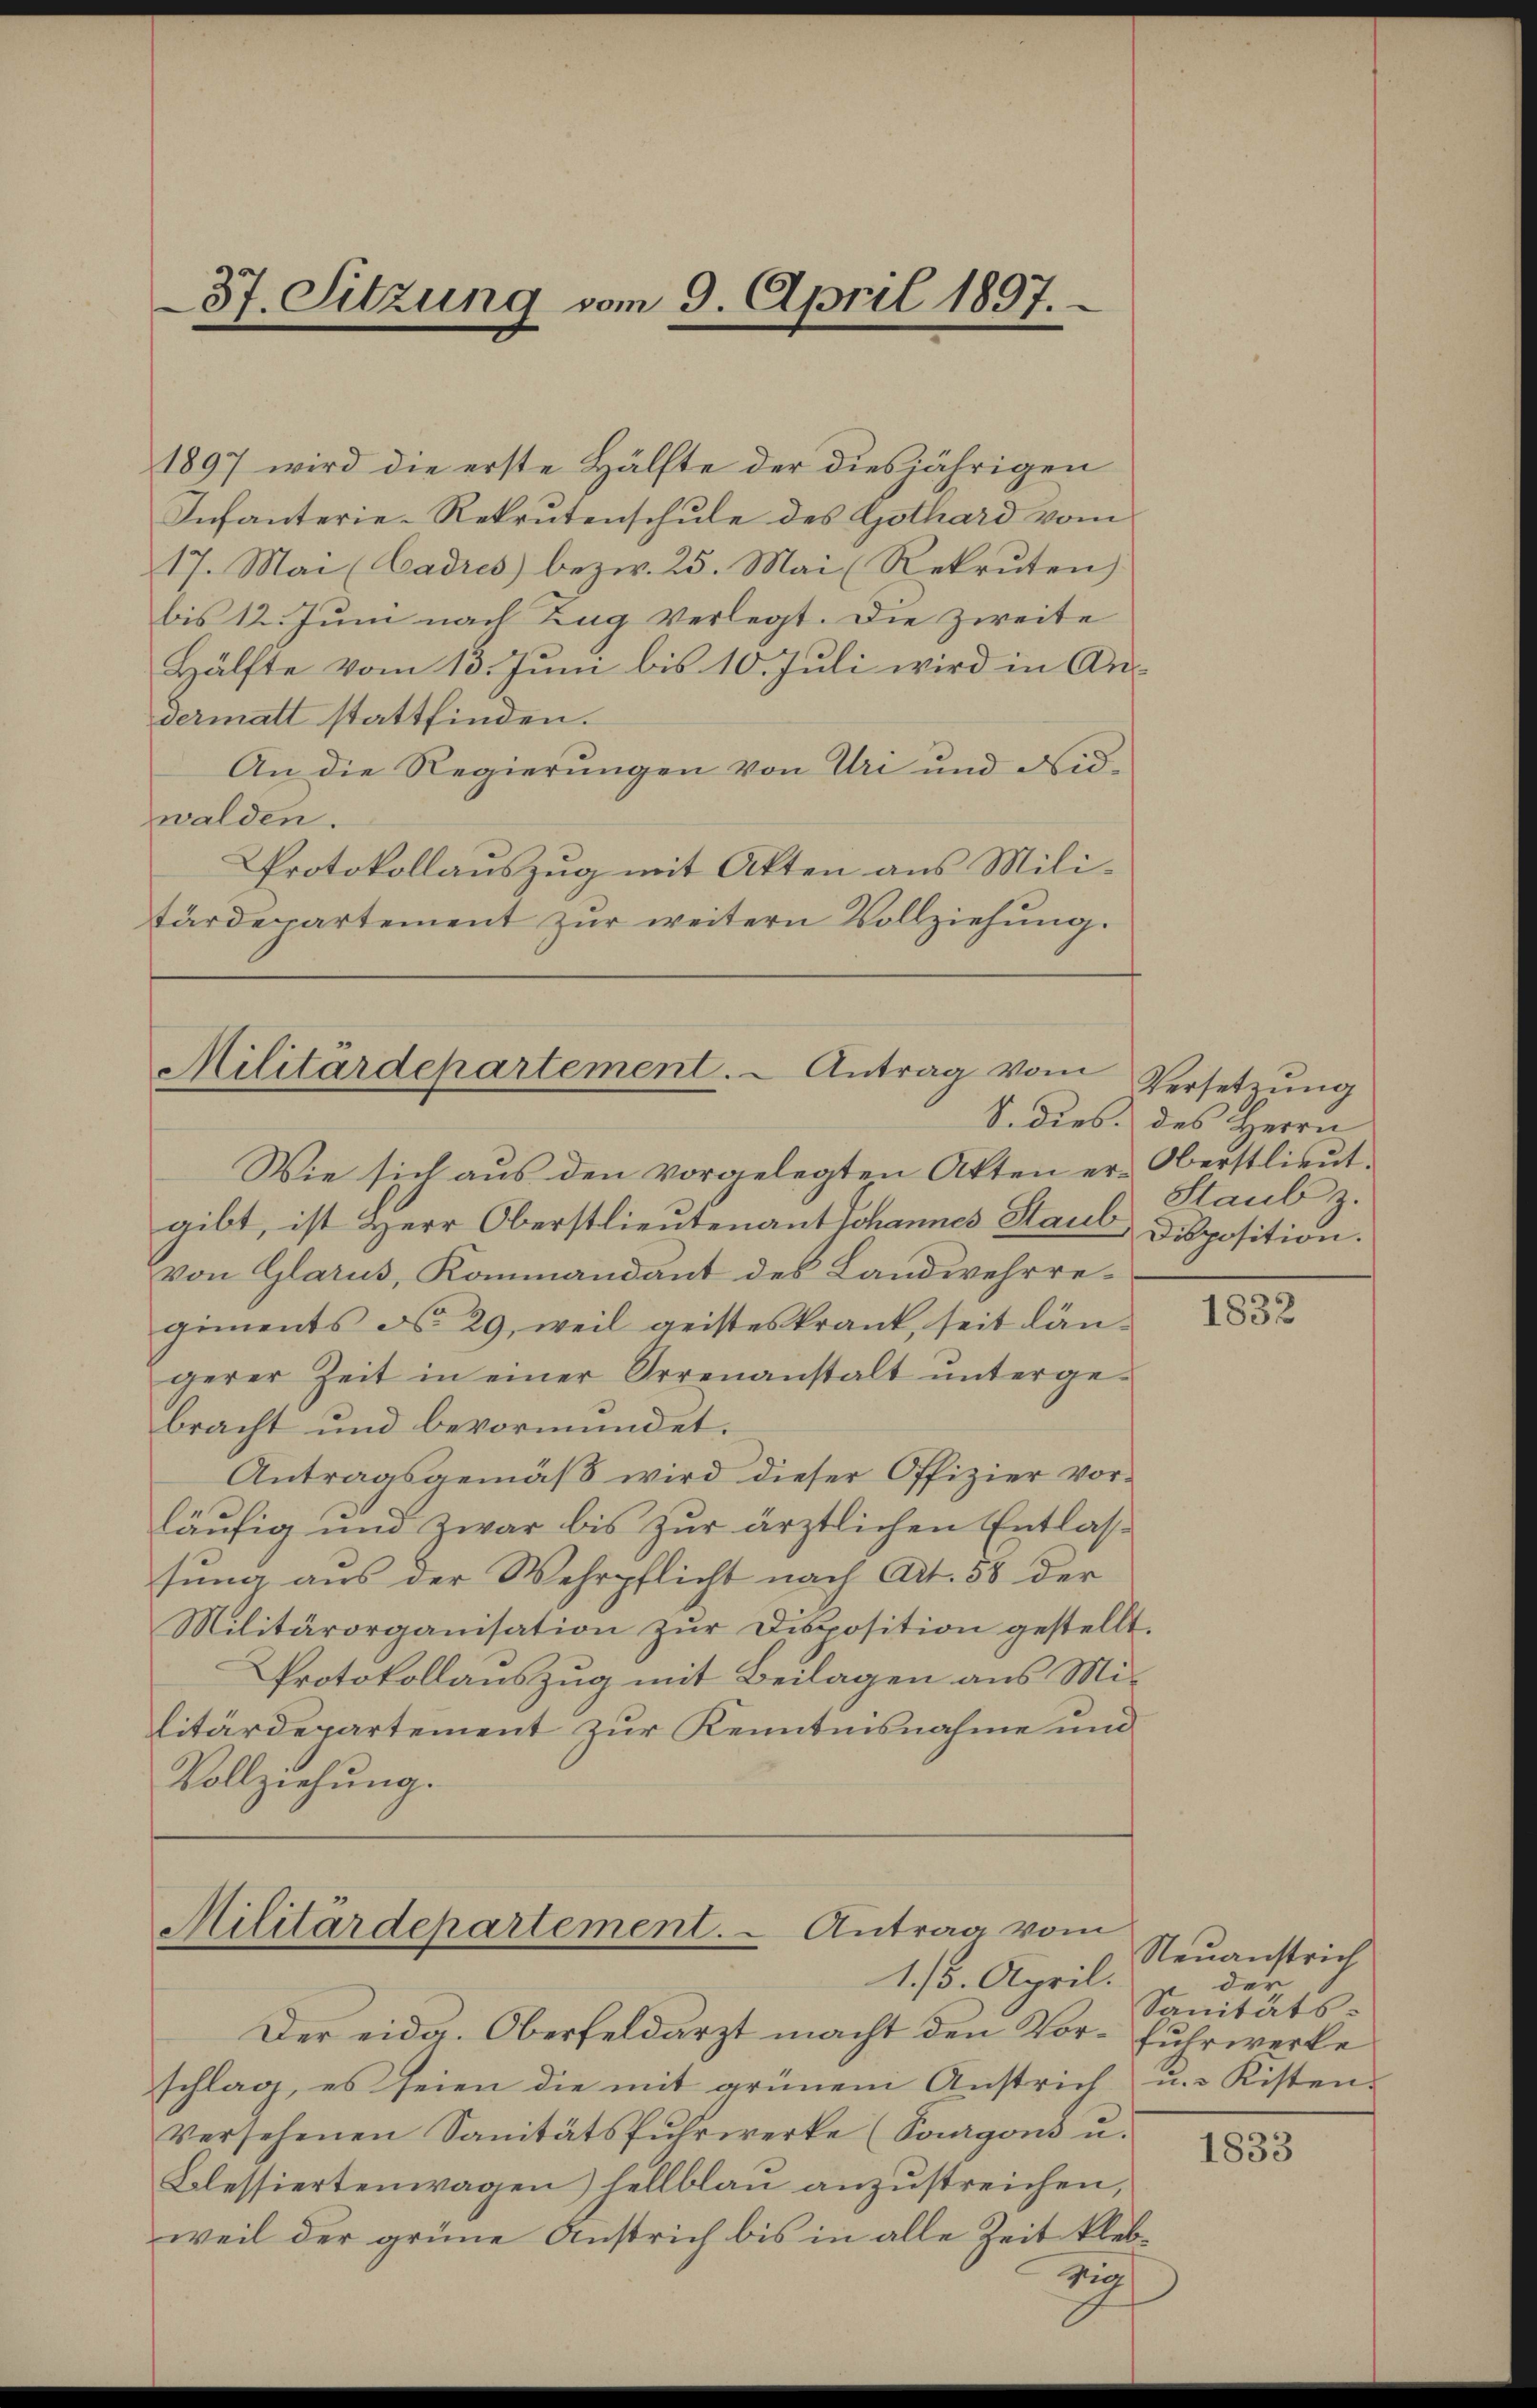
37. Sitzung vom 9. April 1897.

1897 wird die erste Hälfte der diesjährigen
Infanterie-Rekrutenschule des Gothard vom
17. Mai (Cadres) bezw. 25. Mai (Rekruten)
bis 12. Juni nach Zug verlegt. Die zweite
Hälfte vom 13. Juni bis 10. Juli wird in Andermatt stattfinden.
An die Regierungen von Uri und Nidwalden.
Protokollauszug mit Akten aus Militärdepartement zur weitern Vollziehung.

Militärdepartement.  Antrag vom

Wie sich aus den vorgelegten Akten er-Oberstlieut.
gibt, ist Herr Oberstlieutenant Johannes Staub
von Glarus, Kommandant des Landwehrregiments No. 29, weil geisteskrank, seit längerer Zeit in einer Irrenanstalt ŭnterge-
bracht und bevormundet.
Antragsgemäß wird dieser Offizier vorläufig und zwar bis zur ärztlichen Entlassung aus der Wehrpflicht nach Art. 58 der
Militärorganisation zŭr Disposition gestellt.
Protokollauszug mit Beilagen aus Militärdepartement zur Kenntnisnahme und
Vollziehŭng.

Militärdepartement. Antrag vom
1./5. April.

Der eidg. Oberfeldarzt macht den Vor- Fuhrwerke
schlag, es seien die mit armem Anstrich u. Kisten-
Versehenen Sanitätsfŭhrwerke (Sourgons u.
Blessiertenwagen hellblau anzustreichen,
weil der grüne Anstrich bis in alle Zeit klebzig

Versetzung
S. dies des Herrn
Staub z.
Disposition.

1832

Neuanstrich
der
Sanitäts-

1833